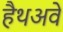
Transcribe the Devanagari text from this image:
हैथअवे